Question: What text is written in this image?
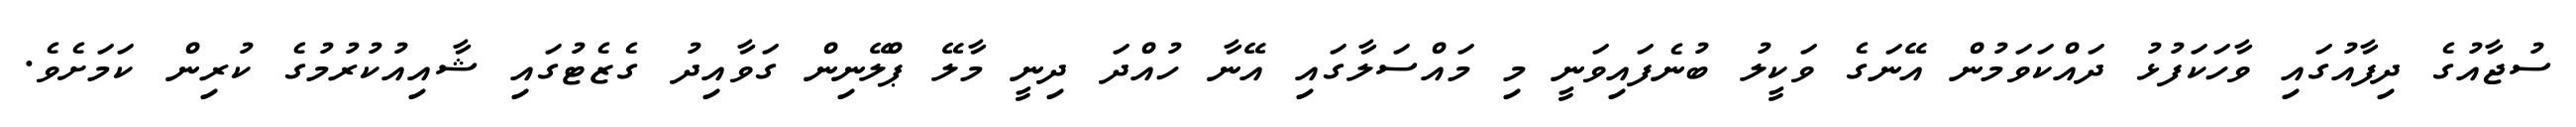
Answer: ސުޖާއުގެ ދިފާއުގައި ވާހަކަފުޅު ދައްކަވަމުން އޭނަގެ ވަކީލު ބުނެފައިވަނީ މި މައްސަލާގައި އޭނާ ހުއްދަ ދިނީ މާލޭ ޕްލޭނިން ގަވާއިދު ގެޒެޓުގައި ޝާއިއުކުރުމުގެ ކުރިން ކަމަށެވެ.